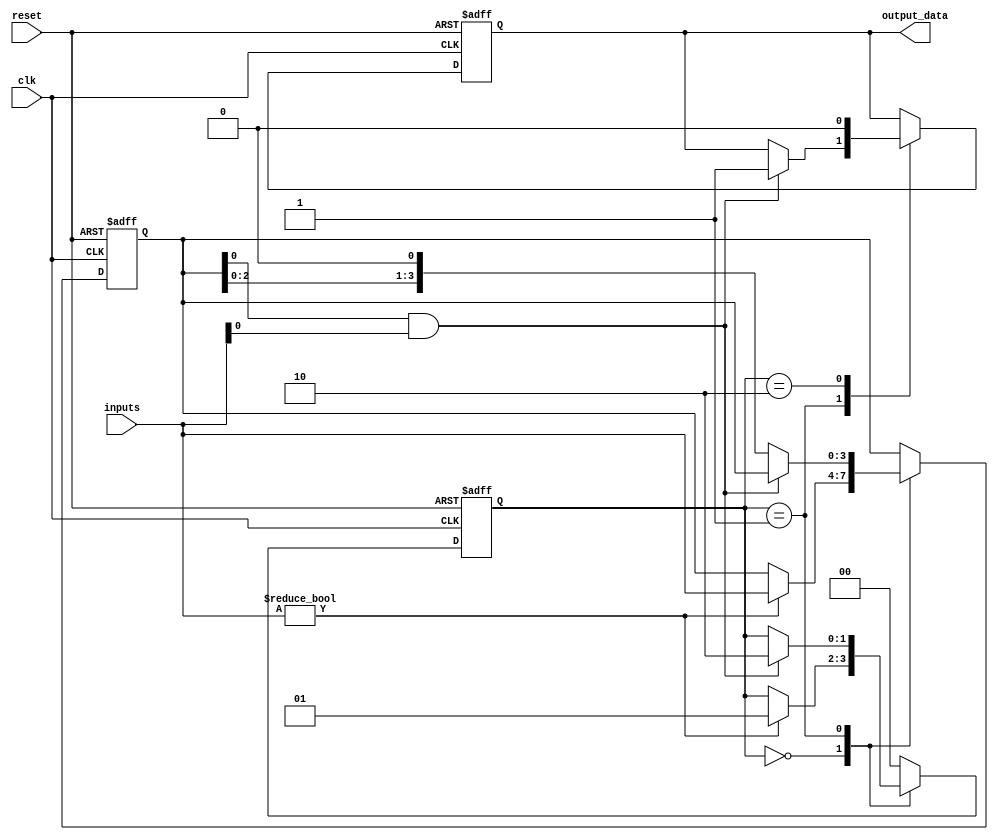
module serial_arbiter(
    input wire clk,
    input wire reset,
    input wire [3:0] inputs,
    output reg output_data
);

reg [3:0] priority;
reg [1:0] state;

always @(posedge clk or posedge reset) begin
    if (reset) begin
        state <= 2'b00;
        priority <= 4'b0000;
        output_data <= 1'b0;
    end else begin
        case (state)
            2'b00: begin // Idle state
                if (inputs != 4'b0000) begin
                    priority <= inputs;
                    state <= 2'b01;
                end
            end
            2'b01: begin // Processing state
                if (priority[0] && inputs[0]) begin
                    output_data <= 1'b1; // Process input 0
                    state <= 2'b10;
                end
                else begin
                    priority <= priority << 1;
                end
            end
            2'b10: begin // Output state
                output_data <= 1'b0;
                state <= 2'b00;
            end
            default: begin
                state <= 2'b00;
            end
        endcase
    end
end

endmodule